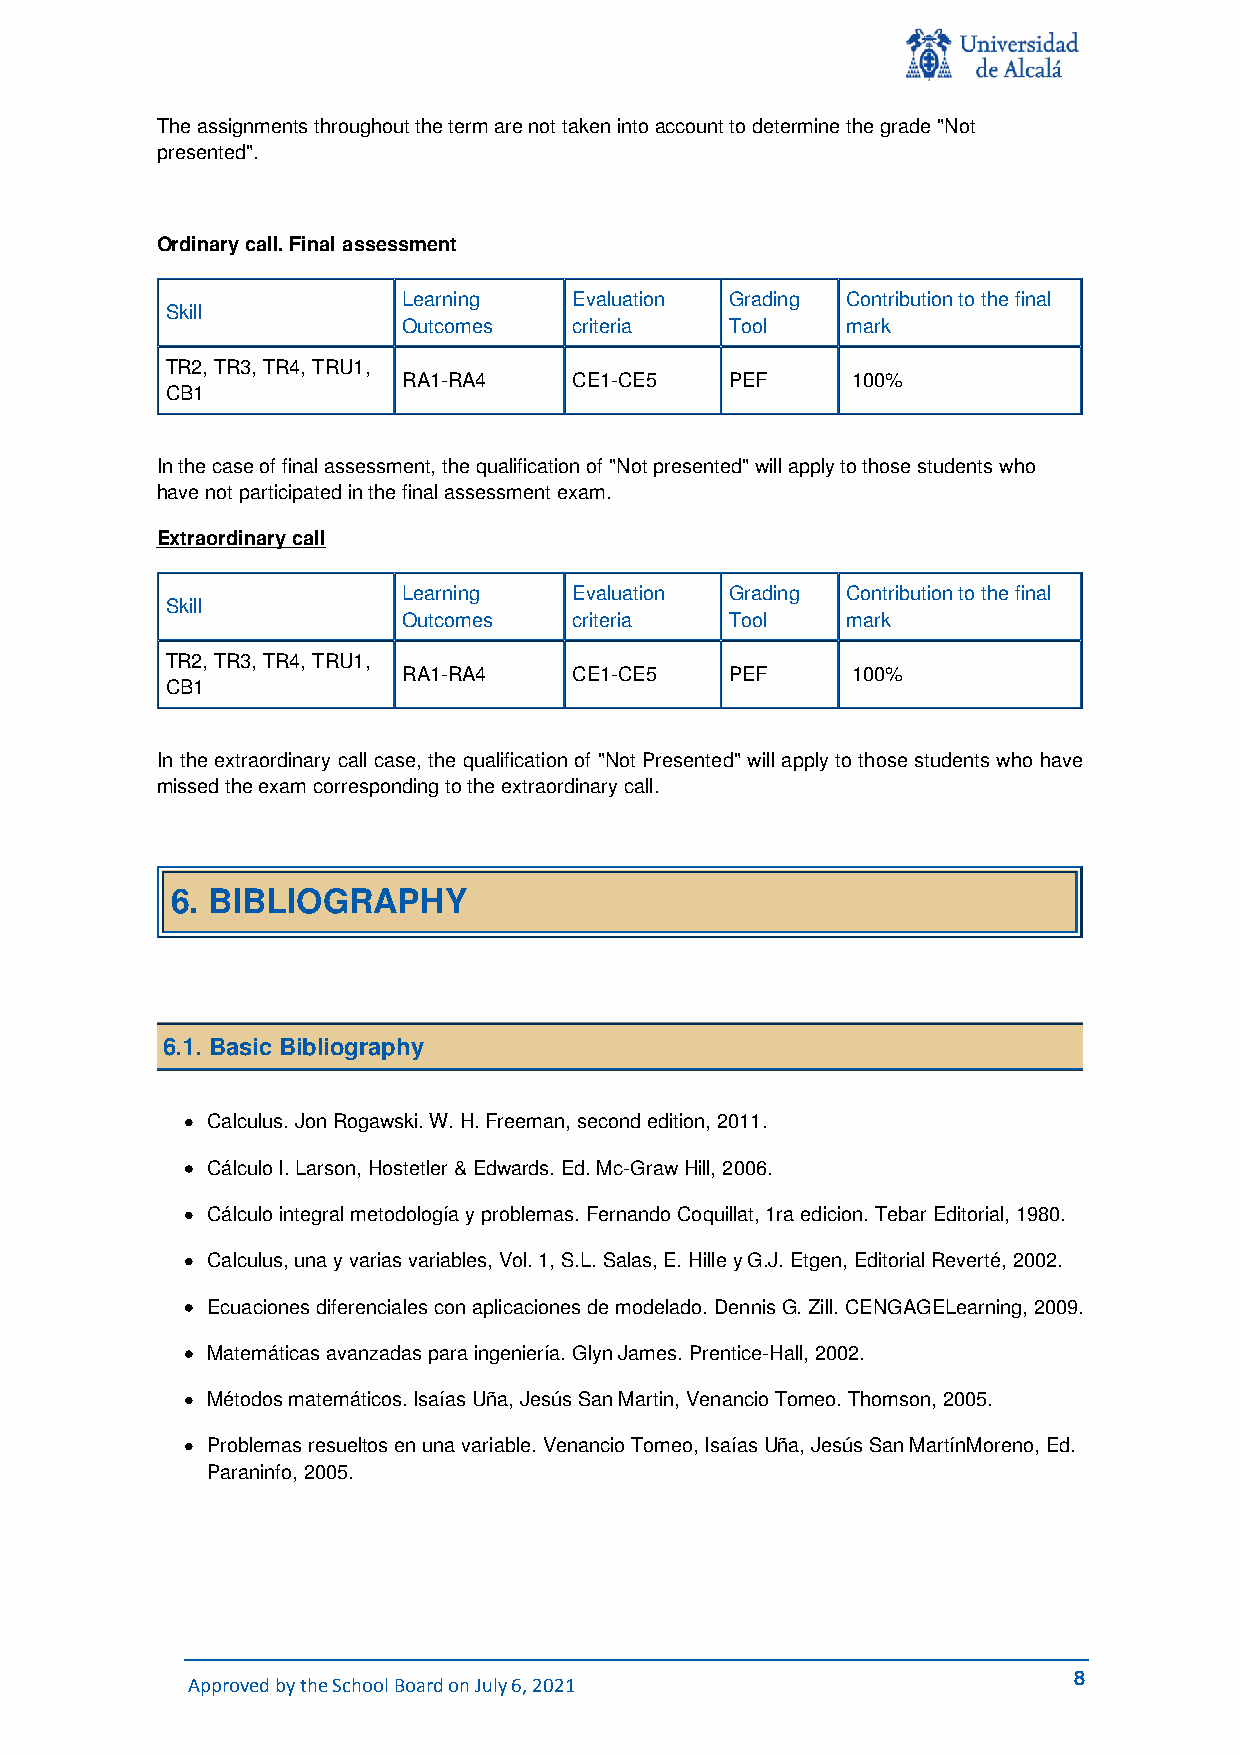
The assignments throughout the term are not taken into account to determine the grade "Not
 presented".
 Ordinary call. Final assessment
 Learning   Evaluation Grading Contribution to the final
 Skill
 Outcomes   criteria  Tool    mark
 TR2, TR3, TR4, TRU1,
 RA1-RA4    CE1-CE5   PEF     100%
 CB1
 In the case of final assessment, the qualification of "Not presented" will apply to those students who
 have not participated in the final assessment exam.
 Extraordinary call
 Learning   Evaluation Grading Contribution to the final
 Skill
 Outcomes   criteria  Tool    mark
 TR2, TR3, TR4, TRU1,
 RA1-RA4    CE1-CE5   PEF     100%
 CB1
 In the extraordinary call case, the qualification of "Not Presented" will apply to those students who have
 missed the exam corresponding to the extraordinary call.
 6. BIBLIOGRAPHY
 6.1. Basic Bibliography
 Calculus. Jon Rogawski. W. H. Freeman, second edition, 2011.
 Cálculo I. Larson, Hostetler & Edwards. Ed. Mc-Graw Hill, 2006.
 Cálculo integral metodología y problemas. Fernando Coquillat, 1ra edicion. Tebar Editorial, 1980.
 Calculus, una y varias variables, Vol. 1, S.L. Salas, E. Hille y G.J. Etgen, Editorial Reverté, 2002.
 Ecuaciones diferenciales con aplicaciones de modelado. Dennis G. Zill. CENGAGELearning, 2009.
 Matemáticas avanzadas para ingeniería. Glyn James. Prentice-Hall, 2002.
 Métodos matemáticos. Isaías Uña, Jesús San Martin, Venancio Tomeo. Thomson, 2005.
 Problemas resueltos en una variable. Venancio Tomeo, Isaías Uña, Jesús San MartínMoreno, Ed.
 Paraninfo, 2005.
 Approved by the School Board on July 6, 2021               8